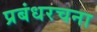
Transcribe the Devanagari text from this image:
प्रबंधरचना